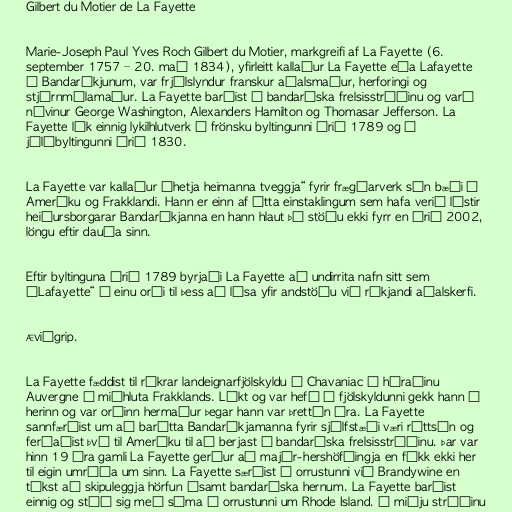
Gilbert du Motier de La Fayette

Marie-Joseph Paul Yves Roch Gilbert du Motier, markgreifi af La Fayette (6.
september 1757 – 20. maí 1834), yfirleitt kallaður La Fayette eða Lafayette
í Bandaríkjunum, var frjálslyndur franskur aðalsmaður, herforingi og
stjórnmálamaður. La Fayette barðist í bandaríska frelsisstríðinu og varð
návinur George Washington, Alexanders Hamilton og Thomasar Jefferson. La
Fayette lék einnig lykilhlutverk í frönsku byltingunni árið 1789 og í
júlíbyltingunni árið 1830.

La Fayette var kallaður „hetja heimanna tveggja“ fyrir frægðarverk sín bæði í
Ameríku og Frakklandi. Hann er einn af átta einstaklingum sem hafa verið lýstir
heiðursborgarar Bandaríkjanna en hann hlaut þá stöðu ekki fyrr en árið 2002,
löngu eftir dauða sinn.

Eftir byltinguna árið 1789 byrjaði La Fayette að undirrita nafn sitt sem
„Lafayette“ í einu orði til þess að lýsa yfir andstöðu við ríkjandi aðalskerfi.

Æviágrip.

La Fayette fæddist til ríkrar landeignarfjölskyldu í Chavaniac í héraðinu
Auvergne í miðhluta Frakklands. Líkt og var hefð í fjölskyldunni gekk hann í
herinn og var orðinn hermaður þegar hann var þrettán ára. La Fayette
sannfærðist um að barátta Bandaríkjamanna fyrir sjálfstæði væri réttsýn og
ferðaðist því til Ameríku til að berjast í bandaríska frelsisstríðinu. Þar var
hinn 19 ára gamli La Fayette gerður að majór-hershöfðingja en fékk ekki her
til eigin umráða um sinn. La Fayette særðist í orrustunni við Brandywine en
tókst að skipuleggja hörfun ásamt bandaríska hernum. La Fayette barðist
einnig og stóð sig með sóma í orrustunni um Rhode Island. Í miðju stríðinu